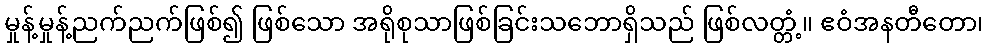
မှုန့်မှုန့်ညက်ညက်ဖြစ်၍ ဖြစ်သော အရိုစုသာဖြစ်ခြင်းသဘောရှိသည် ဖြစ်လတ္တံ့။ ဧဝံအနတီတော၊